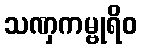
သဏှကမ္ဗုရိဝ